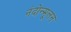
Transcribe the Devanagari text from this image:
नंदोन्मूलन